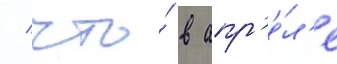
/ что́ в апр'е́л'е